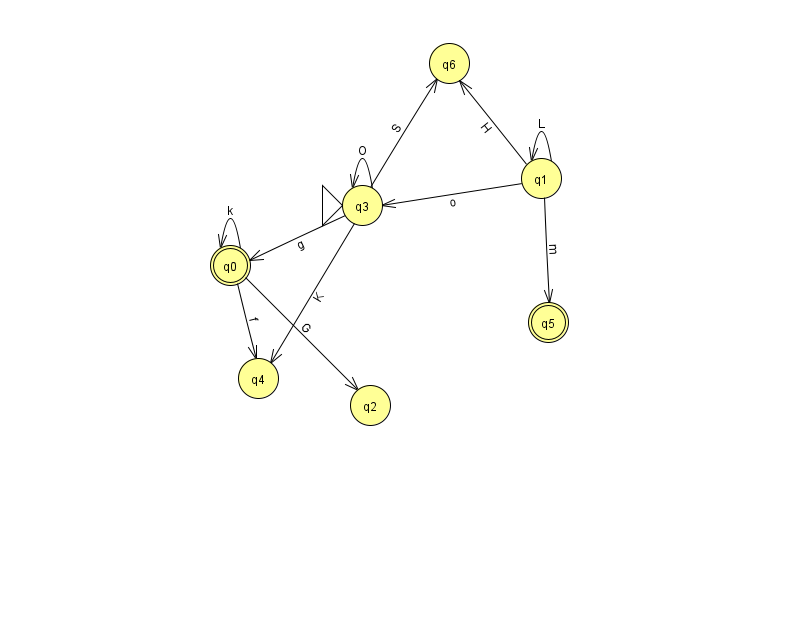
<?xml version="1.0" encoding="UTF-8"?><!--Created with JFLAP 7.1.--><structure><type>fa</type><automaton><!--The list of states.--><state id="0" name="q0"><x>230.0</x><y>252.0</y><final/></state><state id="1" name="q1"><x>541.0</x><y>165.0</y></state><state id="2" name="q2"><x>370.0</x><y>392.0</y></state><state id="3" name="q3"><x>362.0</x><y>192.0</y><initial/></state><state id="4" name="q4"><x>258.0</x><y>365.0</y></state><state id="5" name="q5"><x>548.0</x><y>309.0</y><final/></state><state id="6" name="q6"><x>449.0</x><y>50.0</y></state><!--The list of transitions.--><transition><from>1</from><to>3</to><read>o</read></transition><transition><from>3</from><to>4</to><read>K</read></transition><transition><from>3</from><to>6</to><read>S</read></transition><transition><from>0</from><to>4</to><read>f</read></transition><transition><from>1</from><to>5</to><read>m</read></transition><transition><from>1</from><to>6</to><read>H</read></transition><transition><from>0</from><to>0</to><read>k</read></transition><transition><from>0</from><to>2</to><read>G</read></transition><transition><from>1</from><to>1</to><read>L</read></transition><transition><from>3</from><to>0</to><read>g</read></transition><transition><from>3</from><to>3</to><read>O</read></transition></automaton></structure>